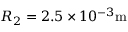
R _ { 2 } = 2 . 5 \times 1 0 ^ { - 3 } \mathrm { m }